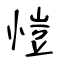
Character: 愷